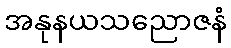
အနုနယသညောဇနံ